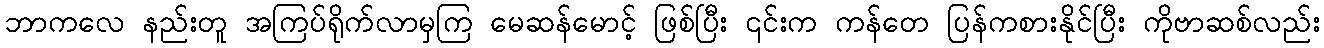
ဘာကလေ နည်းတူ အကြပ်ရိုက်လာမှကြ မေဆန်မောင့် ဖြစ်ပြီး ၎င်းက ကန်တေ ပြန်ကစားနိုင်ပြီး ကိုဗာဆစ်လည်း